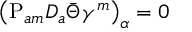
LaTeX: \left( \mathrm { P } _ { a m } D _ { a } \bar { \Theta } \gamma ^ { m } \right) _ { \alpha } = 0